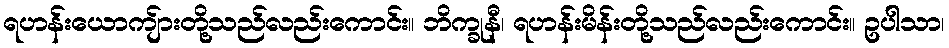
ရဟန်းယောကျ်ားတို့သည်လည်းကောင်း။ ဘိက္ခုနီ၊ ရဟန်းမိန်းတို့သည်လည်းကောင်း။ ဥပါသာ၊